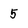
Character: 5